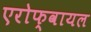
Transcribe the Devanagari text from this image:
एरोफ्वायल